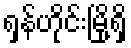
ရှန်ဟိုင်းမြို့ရှိ